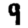
Digit: 9